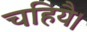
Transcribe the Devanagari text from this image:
चहियै।